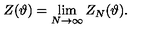
\displaystyle Z ( \vartheta ) = \lim _ { N \rightarrow \infty } Z _ { N } ( \vartheta ) .